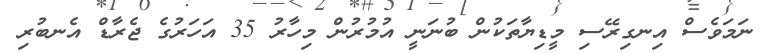
ނަމަވެސް އިނގިރޭސި މީޑިޔާތަކުން ބުނަނީ އުމުރުން މިހާރު 35 އަހަރުގެ ޖެރާޑް އެނބުރި